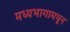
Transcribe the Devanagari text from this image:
मध्यभागामधून